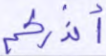
أنذركم